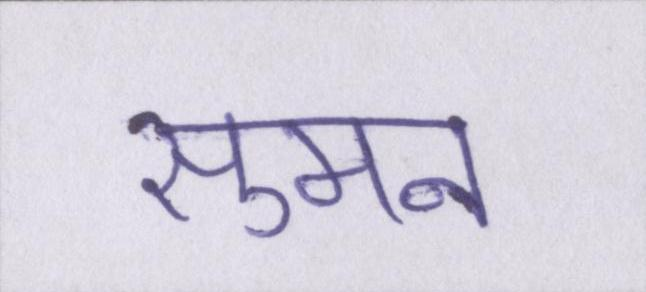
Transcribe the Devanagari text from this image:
सुमन